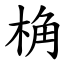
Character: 桷